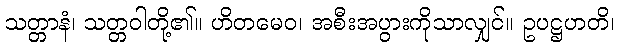
သတ္တာနံ၊ သတ္တဝါတို့၏။ ဟိတမေဝ၊ အစီးအပွားကိုသာလျှင်။ ဥပဋ္ဌဟတိ၊